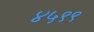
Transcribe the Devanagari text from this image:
४५९९